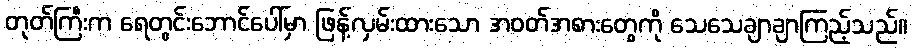
တုတ်ကြီးက ရေတွင်းဘောင်ပေါ်မှာ ဖြန့်လှမ်းထားသော အဝတ်အစားတွေကို သေသေချာချာကြည့်သည်။